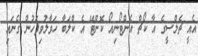
އެއީ ޗެލްސީގެ އާ ކޯޗް އެންޓޯނިއޯ ކޮންޓޭ އެ ކްލަބާ ހަވާލުވިފަހުން ގެނައި